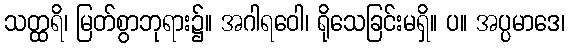
သတ္ထရိ၊ မြတ်စွာဘုရား၌။ အဂါရဝေါ၊ ရိုသေခြင်းမရှိ။ ပ။ အပ္ပမာဒေ၊